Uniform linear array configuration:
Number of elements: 64
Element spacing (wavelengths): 0.75
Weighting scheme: uniform
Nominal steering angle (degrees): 15
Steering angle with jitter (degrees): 14.223
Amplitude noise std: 0.05
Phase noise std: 0.05

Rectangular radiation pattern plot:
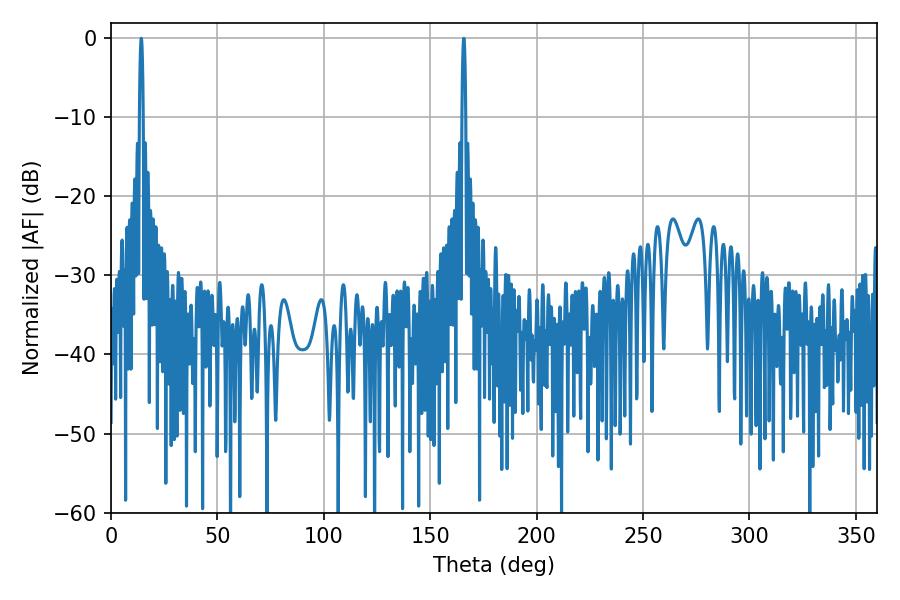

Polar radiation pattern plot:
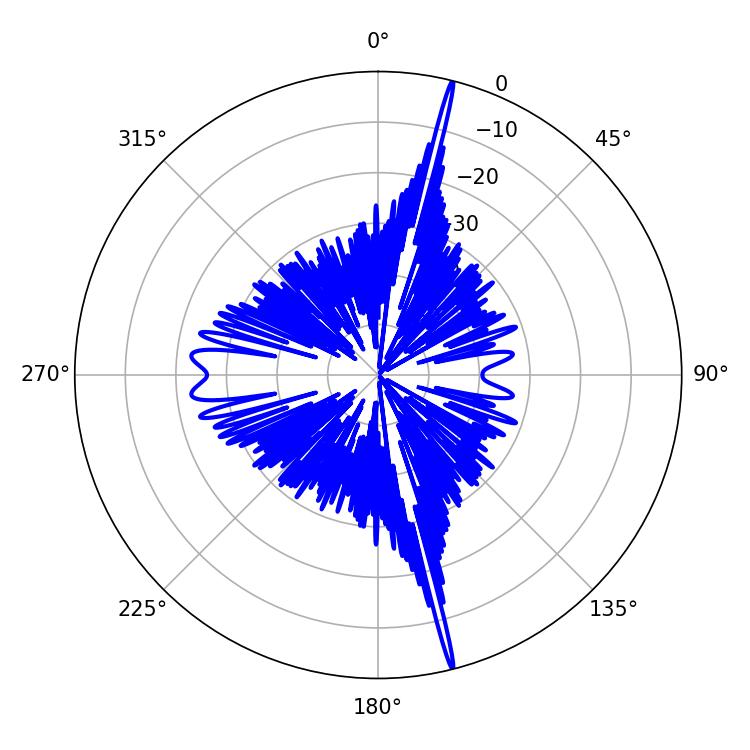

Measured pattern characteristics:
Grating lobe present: TRUE
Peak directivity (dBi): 23.646
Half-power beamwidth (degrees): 0.9
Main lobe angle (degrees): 14.22